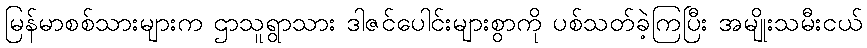
မြန်မာစစ်သားများက ဌာသူရွာသား ဒါဇင်ပေါင်းများစွာကို ပစ်သတ်ခဲ့ကြပြီး အမျိုးသမီးငယ်